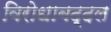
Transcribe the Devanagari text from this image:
विरोधाबद्दल